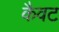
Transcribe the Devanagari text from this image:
कैवट